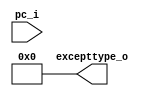
module except_detect_if(
		input [31:0]		pc_i,
		output reg[31:0]	excepttype_o
    );
	always@(*) begin
		excepttype_o = 32'h00000000;	
	end

endmodule